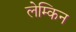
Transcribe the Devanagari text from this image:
लेम्किन